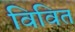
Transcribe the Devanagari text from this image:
विवित